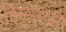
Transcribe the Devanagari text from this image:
हिस्सेस्दारी